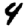
Digit: 4